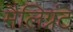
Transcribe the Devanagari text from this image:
मैलिग्नंट